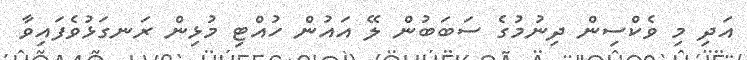
އަދި މި ވެކްސިން ދިނުމުގެ ސަބަބުން ލޭ އައުން ހުއްޓި މުޅިން ރަނގަޅުވެފައިވާ